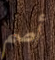
أصم